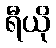
ရီယို